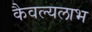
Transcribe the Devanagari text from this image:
कैवल्यलाभ